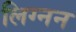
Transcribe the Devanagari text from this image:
लिग्नन